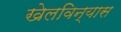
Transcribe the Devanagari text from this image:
खेलविन्यास